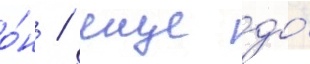
о́н / еще до́